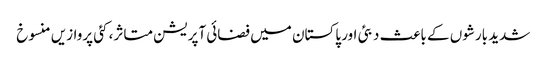
شدید بارشوں کے باعث دبئی اور پاکستان میں فضائی آپریشن متاثر، کئی پروازیں منسوخ